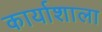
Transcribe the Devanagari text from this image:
कार्याशाला